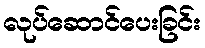
လုပ်ဆောင်ပေးခြင်း